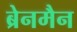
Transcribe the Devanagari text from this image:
ब्रेनमैन